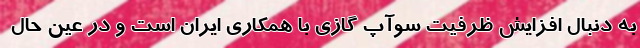
به دنبال افزایش ظرفیت سوآپ گازی با همکاری ایران است و در عین حال